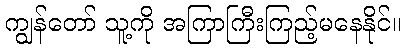
ကျွန်တော် သူ့ကို အကြာကြီးကြည့်မနေနိုင်။